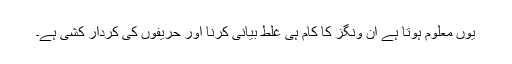
یوں معلوم ہوتا ہے ان ونگز کا کام ہی غلط بیانی کرنا اور حریفوں کی کردار کشی ہے۔